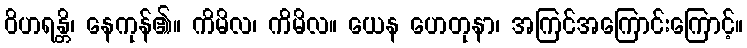
ဝိဟရန္တိ၊ နေကုန်၏။ ကိမိလ၊ ကိမိလ။ ယေန ဟေတုနာ၊ အကြင်အကြောင်းကြောင့်။